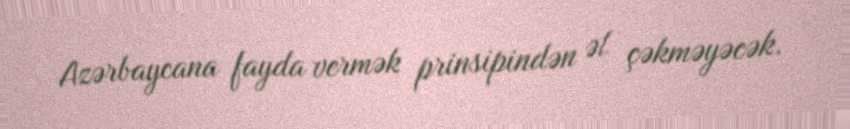
Azərbaycana fayda vermək prinsipindən əl çəkməyəcək.